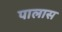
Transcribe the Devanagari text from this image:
पालास